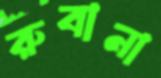
রুবানা